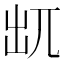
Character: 𠒄